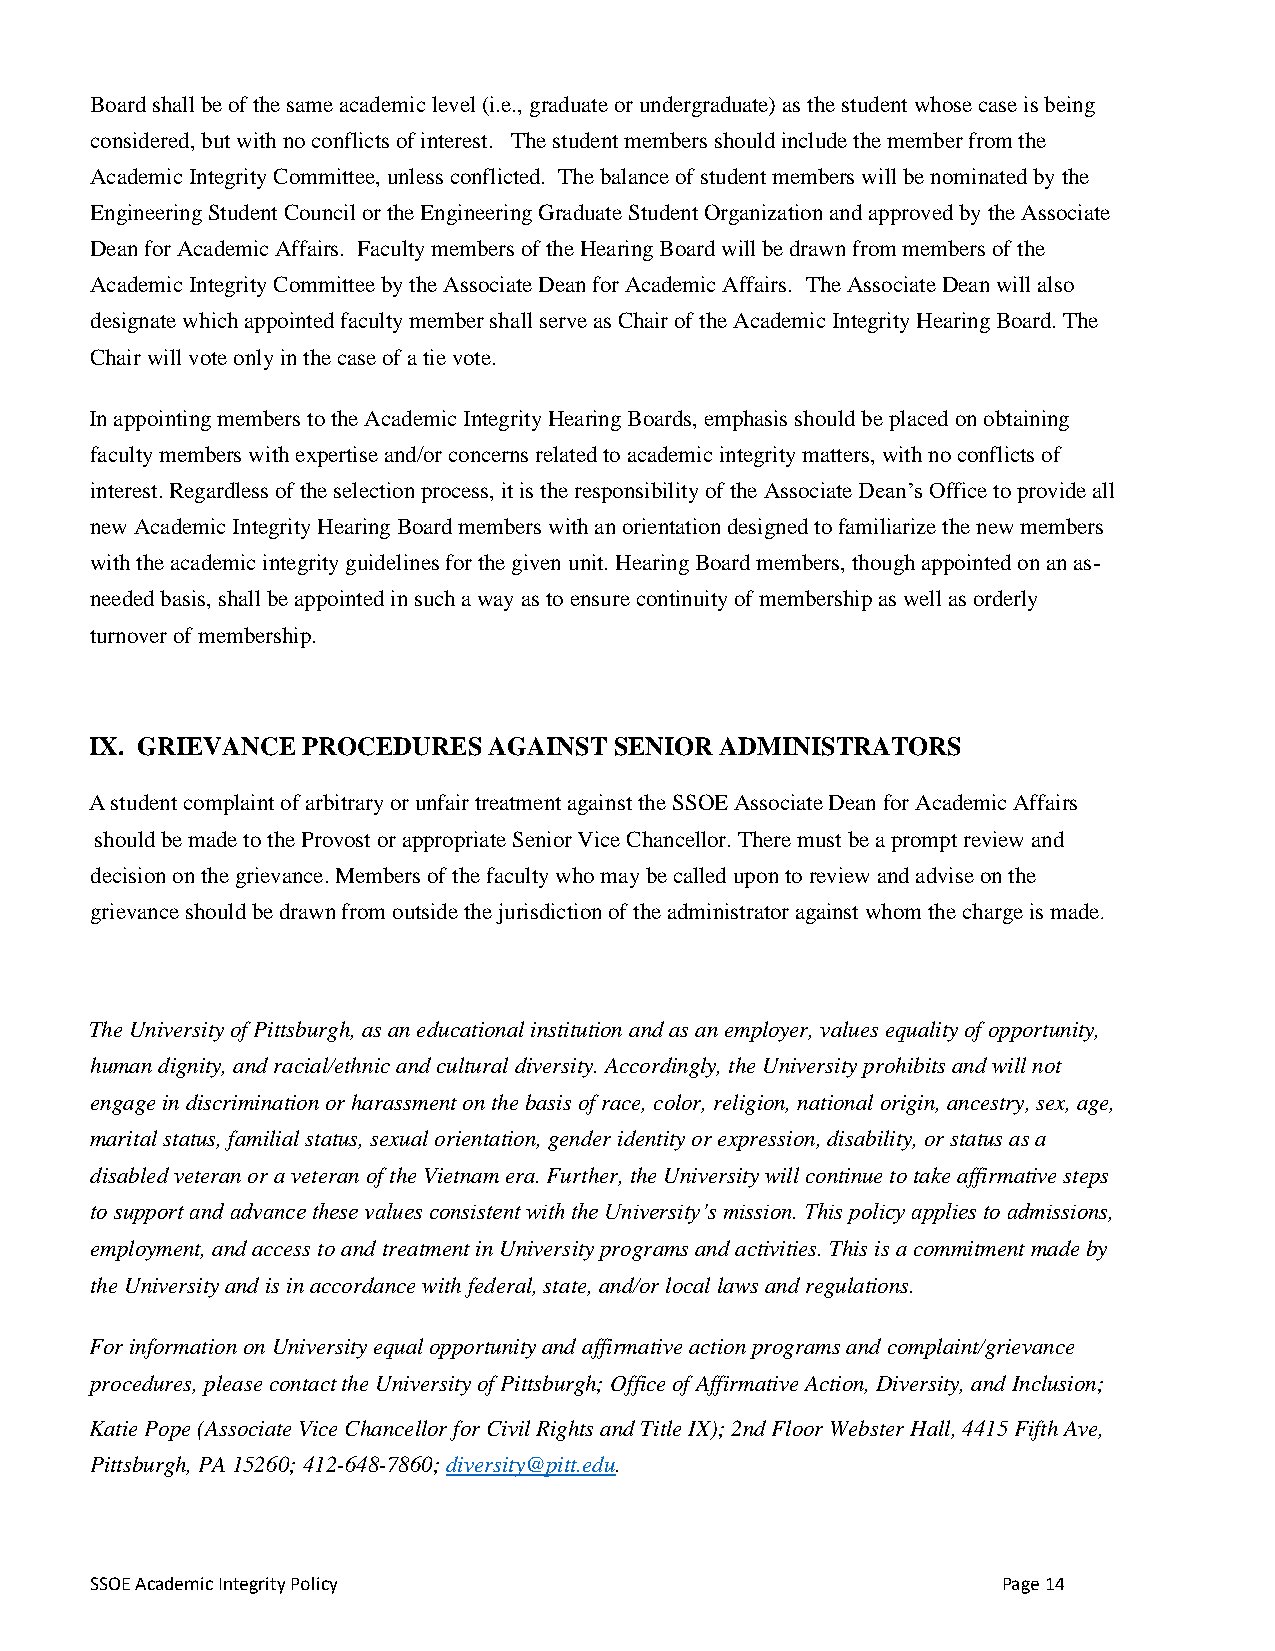
Board shall be of the same academic level (i.e., graduate or undergraduate) as the student whose case is being
 considered, but with no conflicts of interest. The student members should include the member from the
 Academic Integrity Committee, unless conflicted. The balance of student members will be nominated by the
 Engineering Student Council or the Engineering Graduate Student Organization and approved by the Associate
 Dean for Academic Affairs. Faculty members of the Hearing Board will be drawn from members of the
 Academic Integrity Committee by the Associate Dean for Academic Affairs. The Associate Dean will also
 designate which appointed faculty member shall serve as Chair of the Academic Integrity Hearing Board. The
 Chair will vote only in the case of a tie vote.
 In appointing members to the Academic Integrity Hearing Boards, emphasis should be placed on obtaining
 faculty members with expertise and/or concerns related to academic integrity matters, with no conflicts of
 interest. Regardless of the selection process, it is the responsibility of the Associate Dean’s Office to provide all
 new Academic Integrity Hearing Board members with an orientation designed to familiarize the new members
 with the academic integrity guidelines for the given unit. Hearing Board members, though appointed on an as-
 needed basis, shall be appointed in such a way as to ensure continuity of membership as well as orderly
 turnover of membership.
 IX. GRIEVANCE PROCEDURES  AGAINST  SENIOR ADMINISTRATORS
 A student complaint of arbitrary or unfair treatment against the SSOE Associate Dean for Academic Affairs
 should be made to the Provost or appropriate Senior Vice Chancellor. There must be a prompt review and
 decision on the grievance. Members of the faculty who may be called upon to review and advise on the
 grievance should be drawn from outside the jurisdiction of the administrator against whom the charge is made.
 The University of Pittsburgh, as an educational institution and as an employer, values equality of opportunity,
 human dignity, and racial/ethnic and cultural diversity. Accordingly, the University prohibits and will not
 engage in discrimination or harassment on the basis of race, color, religion, national origin, ancestry, sex, age,
 marital status, familial status, sexual orientation, gender identity or expression, disability, or status as a
 disabled veteran or a veteran of the Vietnam era. Further, the University will continue to take affirmative steps
 to support and advance these values consistent with the University’s mission. This policy applies to admissions,
 employment, and access to and treatment in University programs and activities. This is a commitment made by
 the University and is in accordance with federal, state, and/or local laws and regulations.
 For information on University equal opportunity and affirmative action programs and complaint/grievance
 procedures, please contact the University of Pittsburgh; Office of Affirmative Action, Diversity, and Inclusion;
 Katie Pope (Associate Vice Chancellor for Civil Rights and Title IX); 2nd Floor Webster Hall, 4415 Fifth Ave,
 Pittsburgh, PA 15260; 412-648-7860; diversity@pitt.edu.
 SSOE Academic Integrity Policy                              Page 14